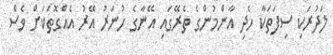
ލަދުރަކި ސިފަތަކާ ހެދި އާންމުންގެ ތެރޭގައި އޭނާގެ ހުނަރު އޭރު އެއްގޮތަކަށް ވެސް